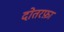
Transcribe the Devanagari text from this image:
दोतरफ़ा